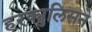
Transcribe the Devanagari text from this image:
हरक्युलिसने